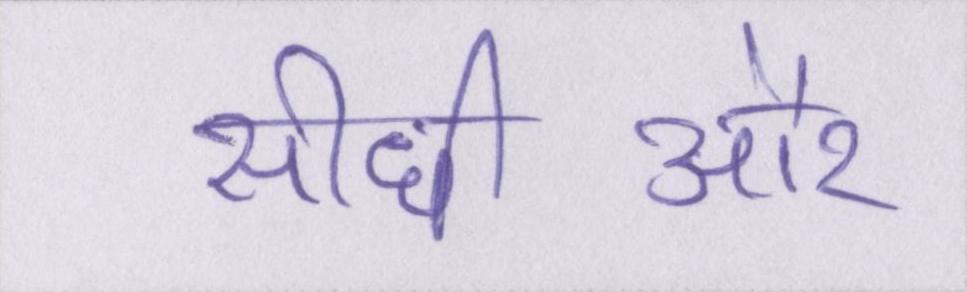
सीधीऔर